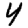
Digit: 4